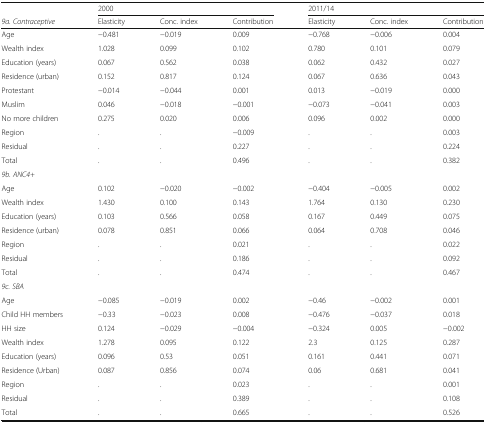
<table><thead><tr><td></td><td colspan="3"><b>2000</b></td><td colspan="3"><b>2011/14</b></td></tr><tr><td><b><i>9a. Contraceptive</i></b></td><td><b>Elasticity</b></td><td><b>Conc. index</b></td><td><b>Contribution</b></td><td><b>Elasticity</b></td><td><b>Conc. index</b></td><td><b>Contribution</b></td></tr></thead><tbody><tr><td>Age</td><td>−0.481</td><td>−0.019</td><td>0.009</td><td>−0.768</td><td>−0.006</td><td>0.004</td></tr><tr><td>Wealth index</td><td>1.028</td><td>0.099</td><td>0.102</td><td>0.780</td><td>0.101</td><td>0.079</td></tr><tr><td>Education (years)</td><td>0.067</td><td>0.562</td><td>0.038</td><td>0.062</td><td>0.432</td><td>0.027</td></tr><tr><td>Residence (urban)</td><td>0.152</td><td>0.817</td><td>0.124</td><td>0.067</td><td>0.636</td><td>0.043</td></tr><tr><td>Protestant</td><td>−0.014</td><td>−0.044</td><td>0.001</td><td>0.013</td><td>−0.019</td><td>0.000</td></tr><tr><td>Muslim</td><td>0.046</td><td>−0.018</td><td>−0.001</td><td>−0.073</td><td>−0.041</td><td>0.003</td></tr><tr><td>No more children</td><td>0.275</td><td>0.020</td><td>0.006</td><td>0.096</td><td>0.002</td><td>0.000</td></tr><tr><td>Region</td><td>.</td><td>.</td><td>−0.009</td><td>.</td><td>.</td><td>0.003</td></tr><tr><td>Residual</td><td>.</td><td>.</td><td>0.227</td><td>.</td><td>.</td><td>0.224</td></tr><tr><td>Total</td><td>.</td><td>.</td><td>0.496</td><td>.</td><td>.</td><td>0.382</td></tr><tr><td><i>9b. ANC4+</i></td><td></td><td></td><td></td><td></td><td></td><td></td></tr><tr><td>Age</td><td>0.102</td><td>−0.020</td><td>−0.002</td><td>−0.404</td><td>−0.005</td><td>0.002</td></tr><tr><td>Wealth index</td><td>1.430</td><td>0.100</td><td>0.143</td><td>1.764</td><td>0.130</td><td>0.230</td></tr><tr><td>Education (years)</td><td>0.103</td><td>0.566</td><td>0.058</td><td>0.167</td><td>0.449</td><td>0.075</td></tr><tr><td>Residence (urban)</td><td>0.078</td><td>0.851</td><td>0.066</td><td>0.064</td><td>0.708</td><td>0.046</td></tr><tr><td>Region</td><td>.</td><td>.</td><td>0.021</td><td>.</td><td>.</td><td>0.022</td></tr><tr><td>Residual</td><td>.</td><td>.</td><td>0.186</td><td>.</td><td>.</td><td>0.092</td></tr><tr><td>Total</td><td>.</td><td>.</td><td>0.474</td><td>.</td><td>.</td><td>0.467</td></tr><tr><td><i>9c. SBA</i></td><td></td><td></td><td></td><td></td><td></td><td></td></tr><tr><td>Age</td><td>−0.085</td><td>−0.019</td><td>0.002</td><td>−0.46</td><td>−0.002</td><td>0.001</td></tr><tr><td>Child HH members</td><td>−0.33</td><td>−0.023</td><td>0.008</td><td>−0.476</td><td>−0.037</td><td>0.018</td></tr><tr><td>HH size</td><td>0.124</td><td>−0.029</td><td>−0.004</td><td>−0.324</td><td>0.005</td><td>−0.002</td></tr><tr><td>Wealth index</td><td>1.278</td><td>0.095</td><td>0.122</td><td>2.3</td><td>0.125</td><td>0.287</td></tr><tr><td>Education (years)</td><td>0.096</td><td>0.53</td><td>0.051</td><td>0.161</td><td>0.441</td><td>0.071</td></tr><tr><td>Residence (Urban)</td><td>0.087</td><td>0.856</td><td>0.074</td><td>0.06</td><td>0.681</td><td>0.041</td></tr><tr><td>Region</td><td>.</td><td>.</td><td>0.023</td><td>.</td><td>.</td><td>0.001</td></tr><tr><td>Residual</td><td>.</td><td>.</td><td>0.389</td><td>.</td><td>.</td><td>0.108</td></tr><tr><td>Total</td><td>.</td><td>.</td><td>0.665</td><td>.</td><td>.</td><td>0.526</td></tr></tbody></table>